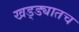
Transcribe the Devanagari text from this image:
खड्ड्यातच